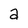
Character: a